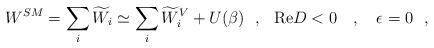
\begin{align*}W^{SM}=\sum_i\widetilde{W}_i\simeq\sum_i\widetilde{W}_i^V+U(\beta)~~,~~\mbox{Re}D < 0~~~,~~~\epsilon=0~~,\end{align*}